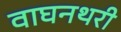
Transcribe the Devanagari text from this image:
वाघनथरी